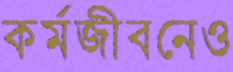
কর্মজীবনেও